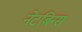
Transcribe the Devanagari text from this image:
नेटबिन्स